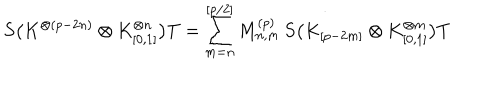
LaTeX: S \bigl ( K ^ { \otimes ( p - 2 n ) } \otimes K _ { [ 0 , 1 ] } ^ { \otimes n } \bigr ) T = \sum _ { m = n } ^ { [ p / 2 ] } M _ { n , m } ^ { ( p ) } \, S \bigl ( K _ { [ p - 2 m ] } \otimes K _ { [ 0 , 1 ] } ^ { \otimes m } \bigr ) T